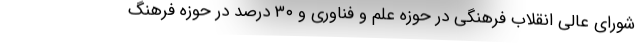
شورای عالی انقلاب فرهنگی در حوزه علم و فناوری و ۳۰ درصد در حوزه فرهنگ